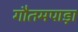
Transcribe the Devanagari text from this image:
गौतमपाड़ा